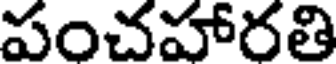
పంచహారతి